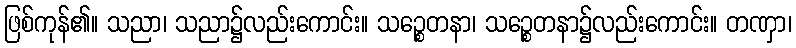
ဖြစ်ကုန်၏။ သညာ၊ သညာ၌လည်းကောင်း။ သဉ္စေတနာ၊ သဉ္စေတနာ၌လည်းကောင်း။ တဏှာ၊